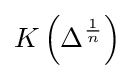
K\left(\Delta ^{\frac {1}{n}}\right)